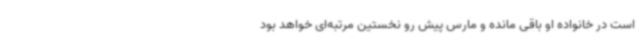
است در خانواده او باقی مانده و مارس پیش رو نخستین مرتبه‌ای خواهد بود